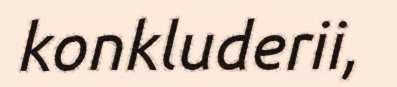
konkluderii,